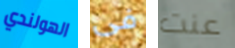
الهولندي فى عنت